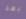
بعد